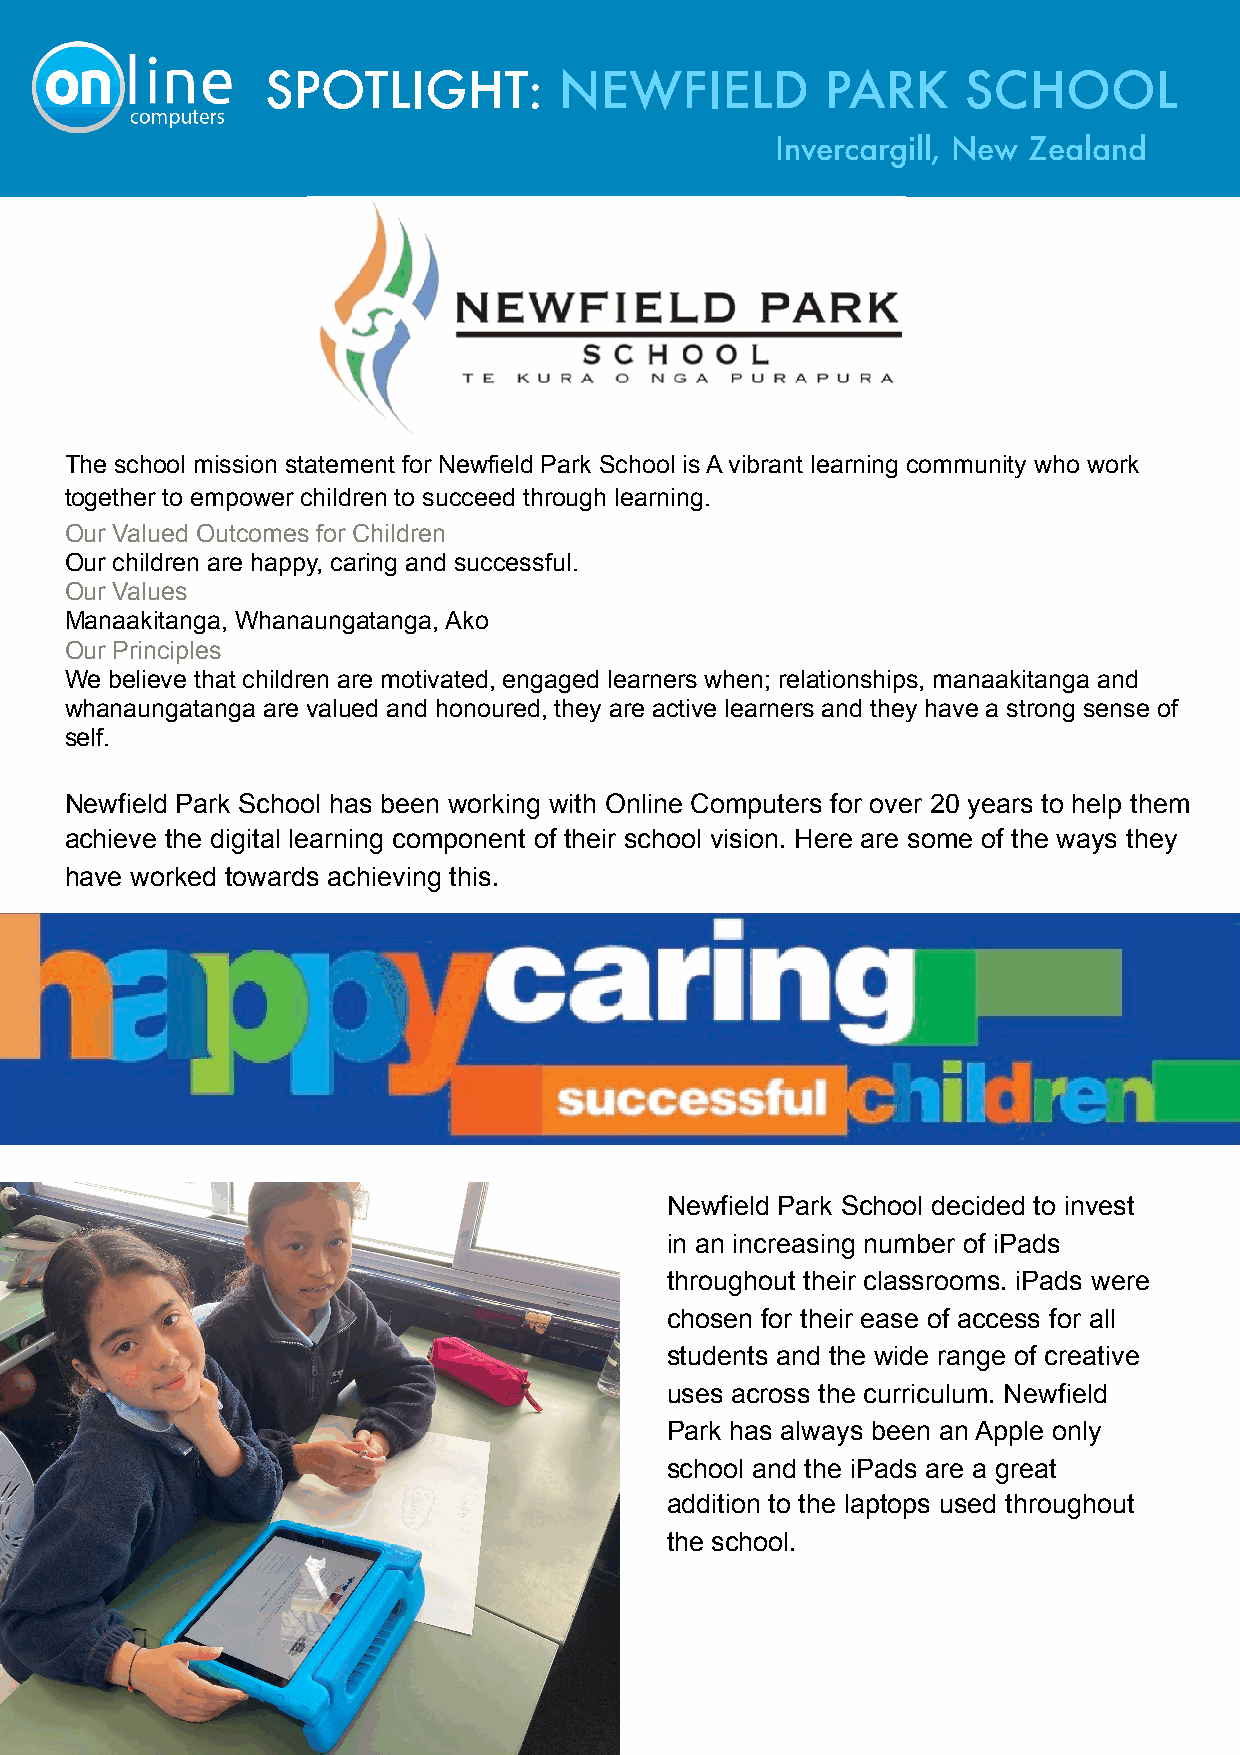
SPOTLIGHT:         NEWFIELD          PARK     SCHOOL
 Invercargill, New Zealand
 The school mission statement for Newfield Park School is A vibrant learning community who work
 together to empower children to succeed through learning.
 Our Valued Outcomes for Children
 Our children are happy, caring and successful.
 Our Values
 Manaakitanga, Whanaungatanga, Ako
 Our Principles
 We believe that children are motivated, engaged learners when; relationships, manaakitanga and
 whanaungatanga are valued and honoured, they are active learners and they have a strong sense of
 self.
 Newfield Park School has been working with Online Computers for over 20 years to help them
 achieve the digital learning component of their school vision. Here are some of the ways they
 have worked towards achieving this.
 Newfield Park School decided to invest
 in an increasing number of iPads
 throughout their classrooms. iPads were
 chosen for their ease of access for all
 students and the wide range of creative
 uses across the curriculum. Newfield
 Park has always been an Apple only
 school and the iPads are a great
 addition to the laptops used throughout
 the school.